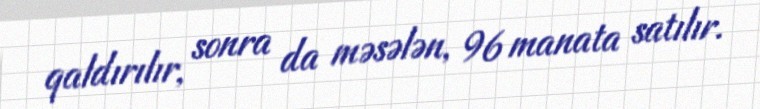
qaldırılır, sonra da məsələn, 96 manata satılır.